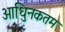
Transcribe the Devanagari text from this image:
आधुिनकतम